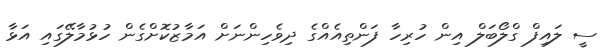
ސީ ލައިފް ގްލޯބަލް އިން ހުރިހާ ފަންތިއެއްގެ ދިވެހިންނަށް އަމާޒުކޮށްގެން ހުޅުމާލޭގައި އަޅާ